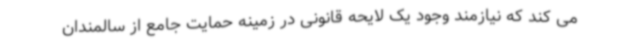
می کند که نیازمند وجود یک لایحه قانونی در زمینه حمایت جامع از سالمندان